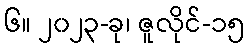
၆။ ၂၀၂၃-ခု၊ ဇူလိုင်-၁၅